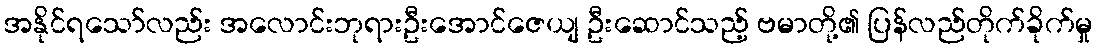
အနိုင်ရသော်လည်း အလောင်းဘုရားဦးအောင်ဇေယျ ဦးဆောင်သည့် ဗမာတို့၏ ပြန်လည်တိုက်ခိုက်မှု